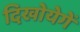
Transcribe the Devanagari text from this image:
दिखोयेगें